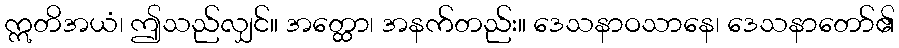
ဣတိအယံ၊ ဤသည်လျှင်။ အတ္ထော၊ အနက်တည်း။ ဒေသနာဝသာနေ၊ ဒေသနာတော်၏